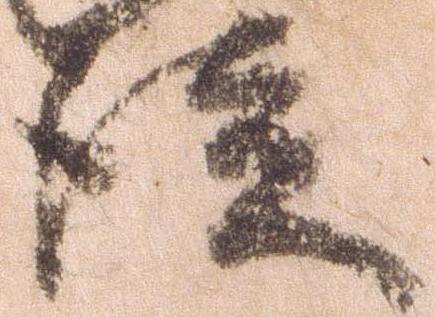
徒